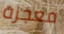
معجزة